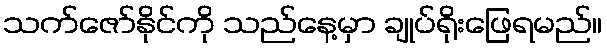
သက်ဇော်နိုင်ကို သည်နေ့မှာ ချုပ်ရိုးဖြေရမည်။